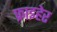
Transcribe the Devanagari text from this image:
फ्राइहेर